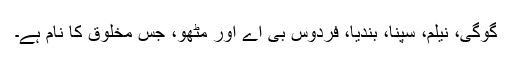
گوگی، نیلم، سپنا، بندیا، فردوس بی اے اور مٹھو، جس مخلوق کا نام ہے۔